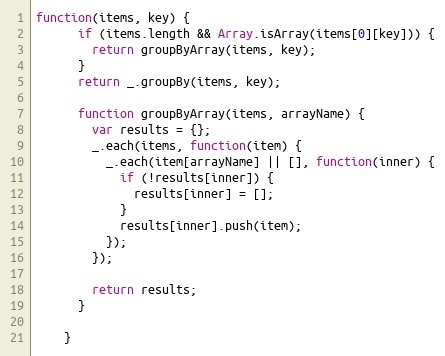
Language: JavaScript
function(items, key) {
      if (items.length && Array.isArray(items[0][key])) {
        return groupByArray(items, key);
      }
      return _.groupBy(items, key);

      function groupByArray(items, arrayName) {
        var results = {};
        _.each(items, function(item) {
          _.each(item[arrayName] || [], function(inner) {
            if (!results[inner]) {
              results[inner] = [];
            }
            results[inner].push(item);
          });
        });

        return results;
      }

    }